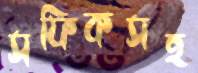
সফিকসহ